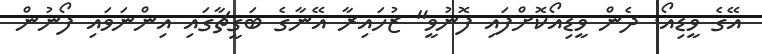
އޭގެ ވީޑިއޯ. ދެން ވީޑިއޯކޮށްފައި ފޮނުވީ" ޒުހައިރާ އޭނާގެ ބަގީޗާގައި އިންނަވައި ފޯނުން